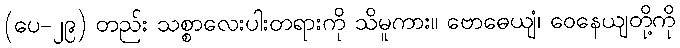
(ပေ-၂၉) တည်း သစ္စာလေးပါးတရားကို သိမူကား။ ဗောဓေယျံ၊ ဝေနေယျတို့ကို